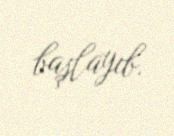
başlayıb.